Report on sanitation, dispensaries, and jails in Rajputana for 1912, and on vaccination for the year 1912-1913 - 1912-1913
Year: 1912
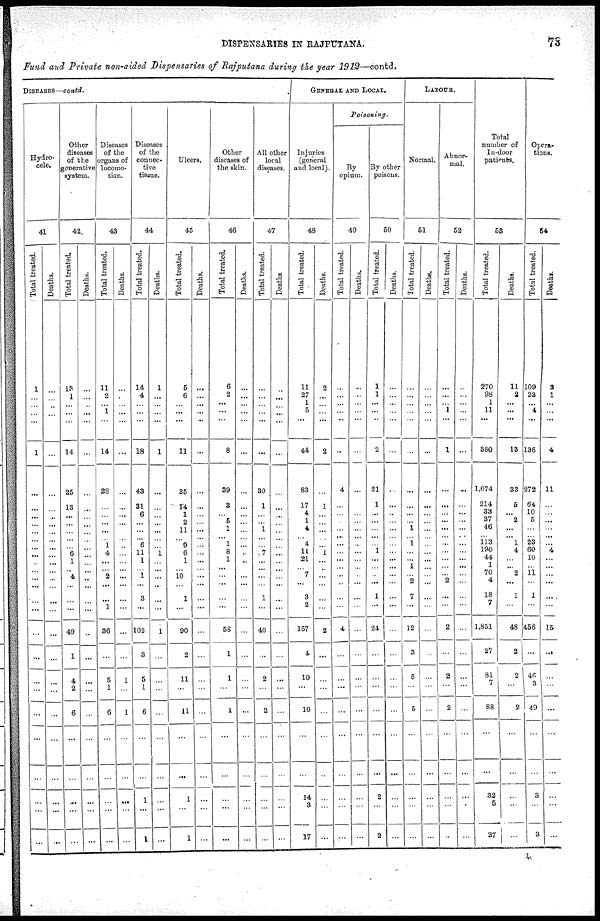
DISPENSARIES IN RAJPUTANA.
73
Fund and Private non-aided Dispensaries of Rajputana during the year 1912—contd.
DISEASES —contd.
Hydro-
cele.
41
Total treated.
1
...
...
...
...
1
...
...
...
...
...
...
...
...
...
...
...
...
...
...
...
...
...
...
...
...
...
...
...
Deaths.
...
...
...
...
...
...
...
...
...
...
...
...
...
...
...
...
...
...
...
...
...
...
...
...
...
...
...
...
Other
diseases
of the
generative
system.
42.
Total treated.
13
1
...
...
...
14
25
13
...
...
...
...
...
6
1
...
4
...
...
...
49
1
4
2
6
...
...
...
...
Deaths.
...
...
...
...
...
...
...
...
...
...
...
...
...
...
...
...
...
...
...
...
...
...
...
...
...
...
...
...
...
Diseases
of the
organs of
locomo-
tion.
43
Total treated.
11
2
...
1
...
14
28
...
...
...
...
... 1
4
...
...
2
...
...
1
36
...
5
1
6
...
...
...
...
Deaths.
...
...
...
...
...
...
...
...
...
...
...
...
...
...
...
...
...
...
...
...
...
1
...
1
...
...
...
...
Diseases
of the
connec-
tive
tissue.
44
Total treated.
14
4
...
...
...
18
43
31
6
...
...
... 6
11
1
...
1
...
3
...
102
3
5
1
6
...
1
...
1
Deaths.
1
...
...
...
...
1
...
...
...
...
...
...
...
1
...
...
...
...
...
...
1
...
...
...
...
...
...
...
...
Ulcers.
45
Total treated.
5
6
...
...
...
11
35
14
1
2
11
... 9
6
1
...
10
...
1
...
90
2
11
...
11
...
1
...
1
Deaths.
...
...
...
...
...
...
...
...
...
...
...
...
...
...
...
...
...
...
...
...
...
...
...
...
...
...
...
...
...
Other
diseases of
the skin.
46
Total treated.
6
2
...
...
...
8
39
3
...
5
1
... 1
8
1
...
...
...
...
...
58
1
1
...
1
...
...
...
...
Deaths.
...
...
...
...
...
...
...
...
...
...
...
...
...
...
...
...
...
...
...
...
...
...
...
...
...
...
...
...
...
All other
local
diseases.
47
Total treated.
...
...
...
...
...
...
30
1
...
...
1
...
...
7
...
...
...
...
1
...
40
...
2
...
2
...
...
...
...
Deaths.
...
...
...
...
...
...
...
...
...
...
...
...
...
...
...
...
...
...
...
...
...
...
...
...
...
...
...
...
...
GENERAL AND LOCAL.
Injuries
(general
and local).
48
Total treated.
11
27
1
6
...
44
83
17
4
1
4
... 4
11
21
...
7
...
3
2
157
4
10
...
10
...
14
3
17
Deaths.
2
...
...
...
...
2
...
1
...
...
...
...
...
1
...
...
...
...
...
...
2
...
...
...
...
...
...
...
...
Poisoning.
opium.
49
Total treated.
...
...
...
...
...
...
4
...
...
...
...
...
...
...
...
...
...
...
...
4
...
...
...
...
...
...
...
...
Deaths.
...
...
...
...
...
...
...
...
...
...
...
...
...
...
...
...
...
...
...
...
...
...
...
...
...
...
...
...
By other
poisons.
50
Total treated.
1
1
...
...
...
2
21
1
...
...
...
...
...
1
...
...
...
...
1
...
24
...
...
...
...
...
2
...
2
Deaths.
...
...
...
...
...
...
...
...
...
...
...
...
...
...
...
...
...
...
...
...
...
...
...
...
...
...
...
...
...
LABOUR.
Normal.
51
Total treated.
...
...
...
...
...
...
...
...
...
...
1
... 1
...
...
1
...
2
7
...
12
3
5
...
5
...
...
...
...
Deaths.
...
...
...
...
...
...
...
...
...
...
...
...
...
...
...
...
...
...
...
...
...
...
...
...
...
...
...
...
...
Abnor-
mal.
52
Total treated.
...
...
...
1
...
1
...
...
...
...
...
...
...
...
...
...
...
2
...
...
2
...
2
...
2
...
...
...
...
Deaths.
...
...
...
...
...
...
...
...
...
...
...
...
...
...
...
...
...
...
...
...
...
...
...
...
...
...
...
...
...
Total
number of
In-door
patients.
53
Total treated.
270
98
1
11
...
380
1,074
214
33
37
46
... 113
190
44
1
70
4
18
7
1,851
27
81
7
88
...
32
5
37
Deaths.
11
2
...
...
...
13
33
5
...
2
...
... 1
4
...
...
2
...
1
...
48
2
2
...
2
...
...
...
...
Opera¬
tions.
54
Total treated.
109
23
...
4
...
136
272
64
10
5
...
... 23
60
10
...
11
...
1
...
456
...
46
3
49
...
3
...
3
Deaths.
3
1
...
...
...
4
11
...
...
...
...
...
...
4
...
...
...
...
...
...
15
...
...
...
...
...
...
...
...
L